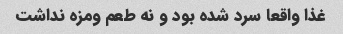
غذا واقعا سرد شده بود و نه طعم ومزه نداشت